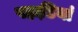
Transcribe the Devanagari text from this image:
पहाडि़यां